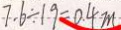
7 . 6 \div 1 9 = 0 . 4 m